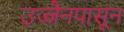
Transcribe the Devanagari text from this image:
उज्जैनपासून